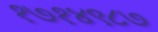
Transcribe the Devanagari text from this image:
१७१४९८७